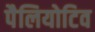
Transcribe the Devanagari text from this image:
पैलियोटिव